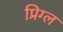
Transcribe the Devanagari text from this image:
प्रिग्ल